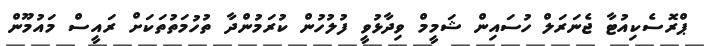
ޕްރޮސެކިއުޓާ ޖެނަރަލް ހުސައިން ޝަމީމް ވިދާޅުވީ ފުލުހުން ކުރަމުންްދާ ތުހުމަތުތަކަށް ރައީސް މައުމޫން